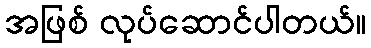
အဖြစ် လုပ်ဆောင်ပါတယ်။